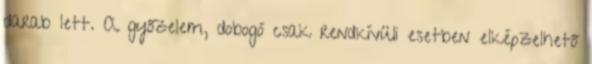
darab lett. A győzelem, dobogó csak rendkívüli esetben elképzelhető